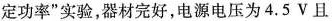
定功率”实验，器材完好，电源电压为4.5V且